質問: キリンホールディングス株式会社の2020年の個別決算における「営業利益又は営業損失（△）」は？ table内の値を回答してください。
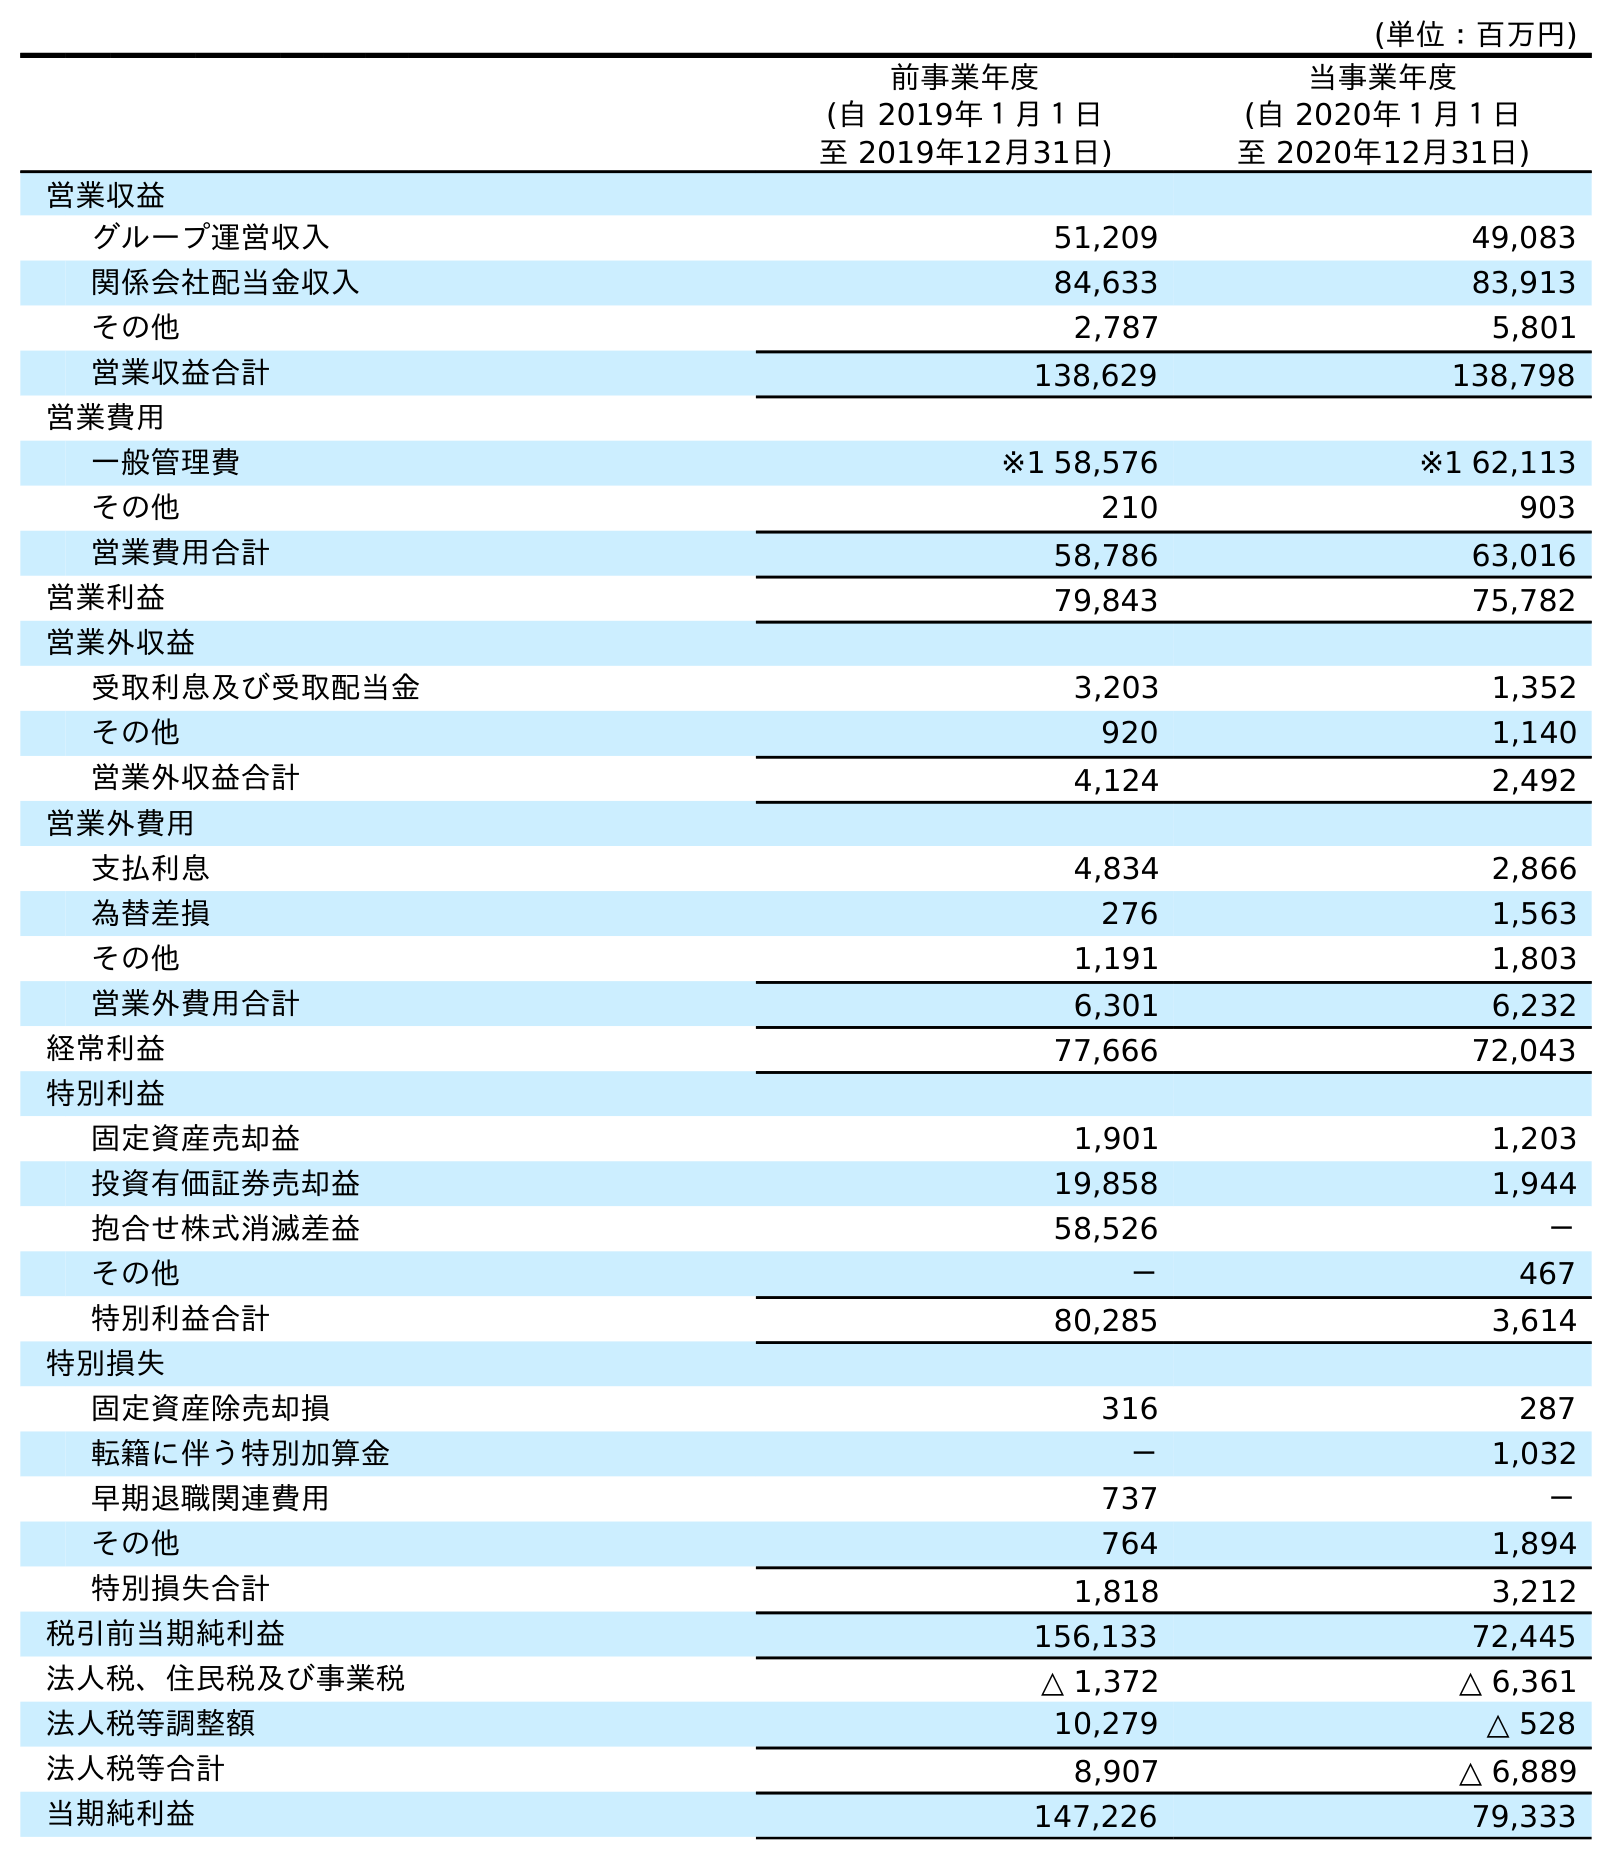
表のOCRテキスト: (単位：百万円) 前事業年度 (自 2019年１月１日 至 2019年12月31日) 当事業年度 (自 2020年１月１日 至 2020年12月31日) 営業収益 グループ運営収入 51,209 49,083 関係会社配当金収入 84,633 83,913 その他 2,787 5,801 営業収益合計 138,629 138,798 営業費用 一般管理費 ※1 58,576 ※1 62,113 その他 210 903 営業費用合計 58,786 63,016 営業利益 79,843 75,782 営業外収益 受取利息及び受取配当金 3,203 1,352 その他 920 1,140 営業外収益合計 4,124 2,492 営業外費用 支払利息 4,834 2,866 為替差損 276 1,563 その他 1,191 1,803 営業外費用合計 6,301 6,232 経常利益 77,666 72,043 特別利益 固定資産売却益 1,901 1,203 投資有価証券売却益 19,858 1,944 抱合せ株式消滅差益 58,526 － その他 － 467 特別利益合計 80,285 3,614 特別損失 固定資産除売却損 316 287 転籍に伴う特別加算金 － 1,032 早期退職関連費用 737 － その他 764 1,894 特別損失合計 1,818 3,212 税引前当期純利益 156,133 72,445 法人税、住民税及び事業税 △ 1,372 △ 6,361 法人税等調整額 10,279 △ 528 法人税等合計 8,907 △ 6,889 当期純利益 147,226 79,333
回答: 75,782